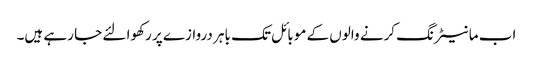
اب مانیٹرنگ کرنے والوں کے موبائل تک باہر دروازے پر رکھوا لئے جا رہے ہیں۔